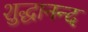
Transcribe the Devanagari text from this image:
शुद्धानन्द